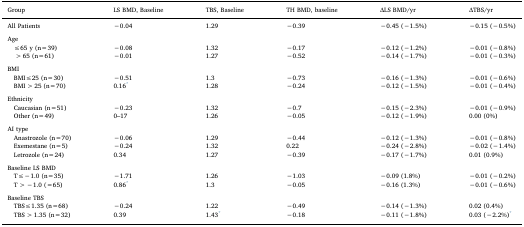
<table><thead><tr><td><b>Group</b></td><td><b>LS BMD, Baseline</b></td><td><b>TBS, Baseline</b></td><td><b>TH BMD, baseline</b></td><td><b>ΔLS BMD/yr</b></td><td><b>ΔTBS/yr</b></td></tr></thead><tbody><tr><td>All Patients</td><td>−0.04</td><td>1.29</td><td>−0.39</td><td>−0.45 (−1.5%)</td><td>−0.15 (−0.5%)</td></tr><tr><td colspan="6">  </td></tr><tr><td>Age</td><td></td><td></td><td></td><td></td><td></td></tr><tr><td> ≤65 y (n=39)</td><td>−0.08</td><td>1.32</td><td>−0.17</td><td>−0.12 (−1.2%)</td><td>−0.01 (−0.8%)</td></tr><tr><td> &gt;65 (n=61)</td><td>−0.01</td><td>1.27</td><td>−0.52</td><td>−0.14 (−1.7%)</td><td>−0.01 (−0.3%)</td></tr><tr><td colspan="6">  </td></tr><tr><td>BMI</td><td></td><td></td><td></td><td></td><td></td></tr><tr><td> BMI≤25 (n=30)</td><td>−0.51</td><td>1.3</td><td>−0.73</td><td>−0.16 (−1.3%)</td><td>−0.01 (−0.6%)</td></tr><tr><td> BMI&gt;25 (n=70)</td><td>0.16*</td><td>1.28</td><td>−0.24</td><td>−0.12 (−1.5%)</td><td>−0.01 (−0.4%)</td></tr><tr><td colspan="6">  </td></tr><tr><td>Ethnicity</td><td></td><td></td><td></td><td></td><td></td></tr><tr><td> Caucasian (n=51)</td><td>−0.23</td><td>1.32</td><td>−0.7</td><td>−0.15 (−2.3%)</td><td>−0.01 (−0.9%)</td></tr><tr><td> Other (n=49)</td><td>0–17</td><td>1.26</td><td>−0.05</td><td>−0.12 (−1.9%)</td><td>0.00 (0%)</td></tr><tr><td colspan="6">  </td></tr><tr><td>AI type</td><td></td><td></td><td></td><td></td><td></td></tr><tr><td> Anastrozole (n=70)</td><td>−0.06</td><td>1.29</td><td>−0.44</td><td>−0.12 (−1.3%)</td><td>−0.01 (−0.8%)</td></tr><tr><td> Exemestane (n=5)</td><td>−0.24</td><td>1.32</td><td>0.22</td><td>−0.24 (−2.8%)</td><td>−0.02 (−1.4%)</td></tr><tr><td> Letrozole (n=24)</td><td>0.34</td><td>1.27</td><td>−0.39</td><td>−0.17 (−1.7%)</td><td>0.01 (0.9%)</td></tr><tr><td colspan="6">  </td></tr><tr><td>Baseline LS BMD</td><td></td><td></td><td></td><td></td><td></td></tr><tr><td> T≤−1.0 (n=35)</td><td>−1.71</td><td>1.26</td><td>−1.03</td><td>−0.09 (1.8%)</td><td>−0.01 (−0.2%)</td></tr><tr><td> T&gt;−1.0 (=65)</td><td>0.86*</td><td>1.3</td><td>−0.05</td><td>−0.16 (1.3%)</td><td>−0.01 (−0.6%)</td></tr><tr><td colspan="6">  </td></tr><tr><td>Baseline TBS</td><td></td><td></td><td></td><td></td><td></td></tr><tr><td> TBS≤1.35 (n=68)</td><td>−0.24</td><td>1.22</td><td>−0.49</td><td>−0.14 (−1.3%)</td><td>0.02 (0.4%)</td></tr><tr><td> TBS&gt;1.35 (n=32)</td><td>0.39</td><td>1.43*</td><td>−0.18</td><td>−0.11 (−1.8%)</td><td>0.03 (−2.2%)*</td></tr></tbody></table>